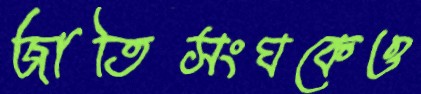
জাতিসংঘকেও